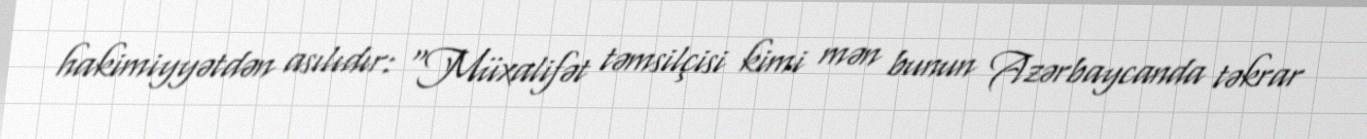
hakimiyyətdən asılıdır: “Müxalifət təmsilçisi kimi mən bunun Azərbaycanda təkrar